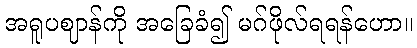
အရူပဈာန်ကို အခြေခံ၍ မဂ်ဖိုလ်ရရန်ဟော။